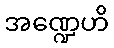
အဏ္ဍေဟိ